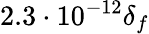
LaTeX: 2.3\cdot 10^{-12}\delta_{f}